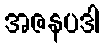
အဇနပဒါ